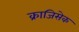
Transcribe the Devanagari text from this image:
क्राजिसेक